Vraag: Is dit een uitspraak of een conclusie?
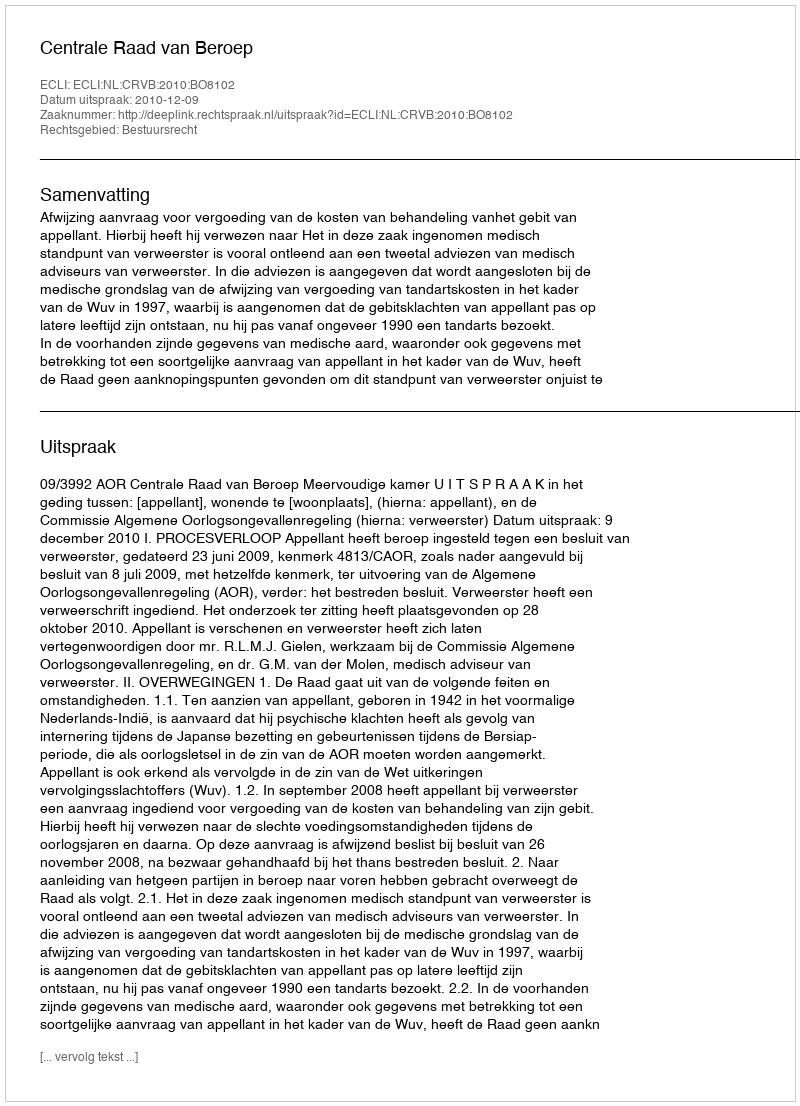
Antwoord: Uitspraak